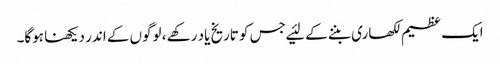
ایک عظیم لکھاری بننے کے لئیے جس کو تاریخ یاد رکھے ، لوگوں کے اندر دیکھنا ہوگا۔